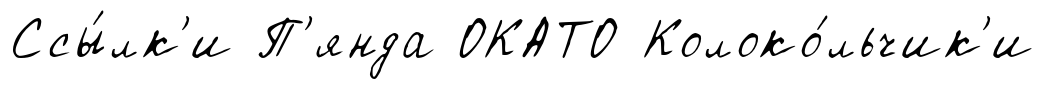
Ссы́лк'и П'янда ОКАТО Колоко́льчик'и